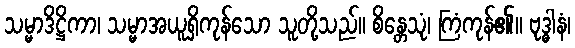
သမ္မာဒိဋ္ဌိကာ၊ သမ္မာအယူရှိကုန်သော သူတို့သည်။ စိန္တေသုံ၊ ကြံကုန်၏။ ဗုဒ္ဓါနံ၊